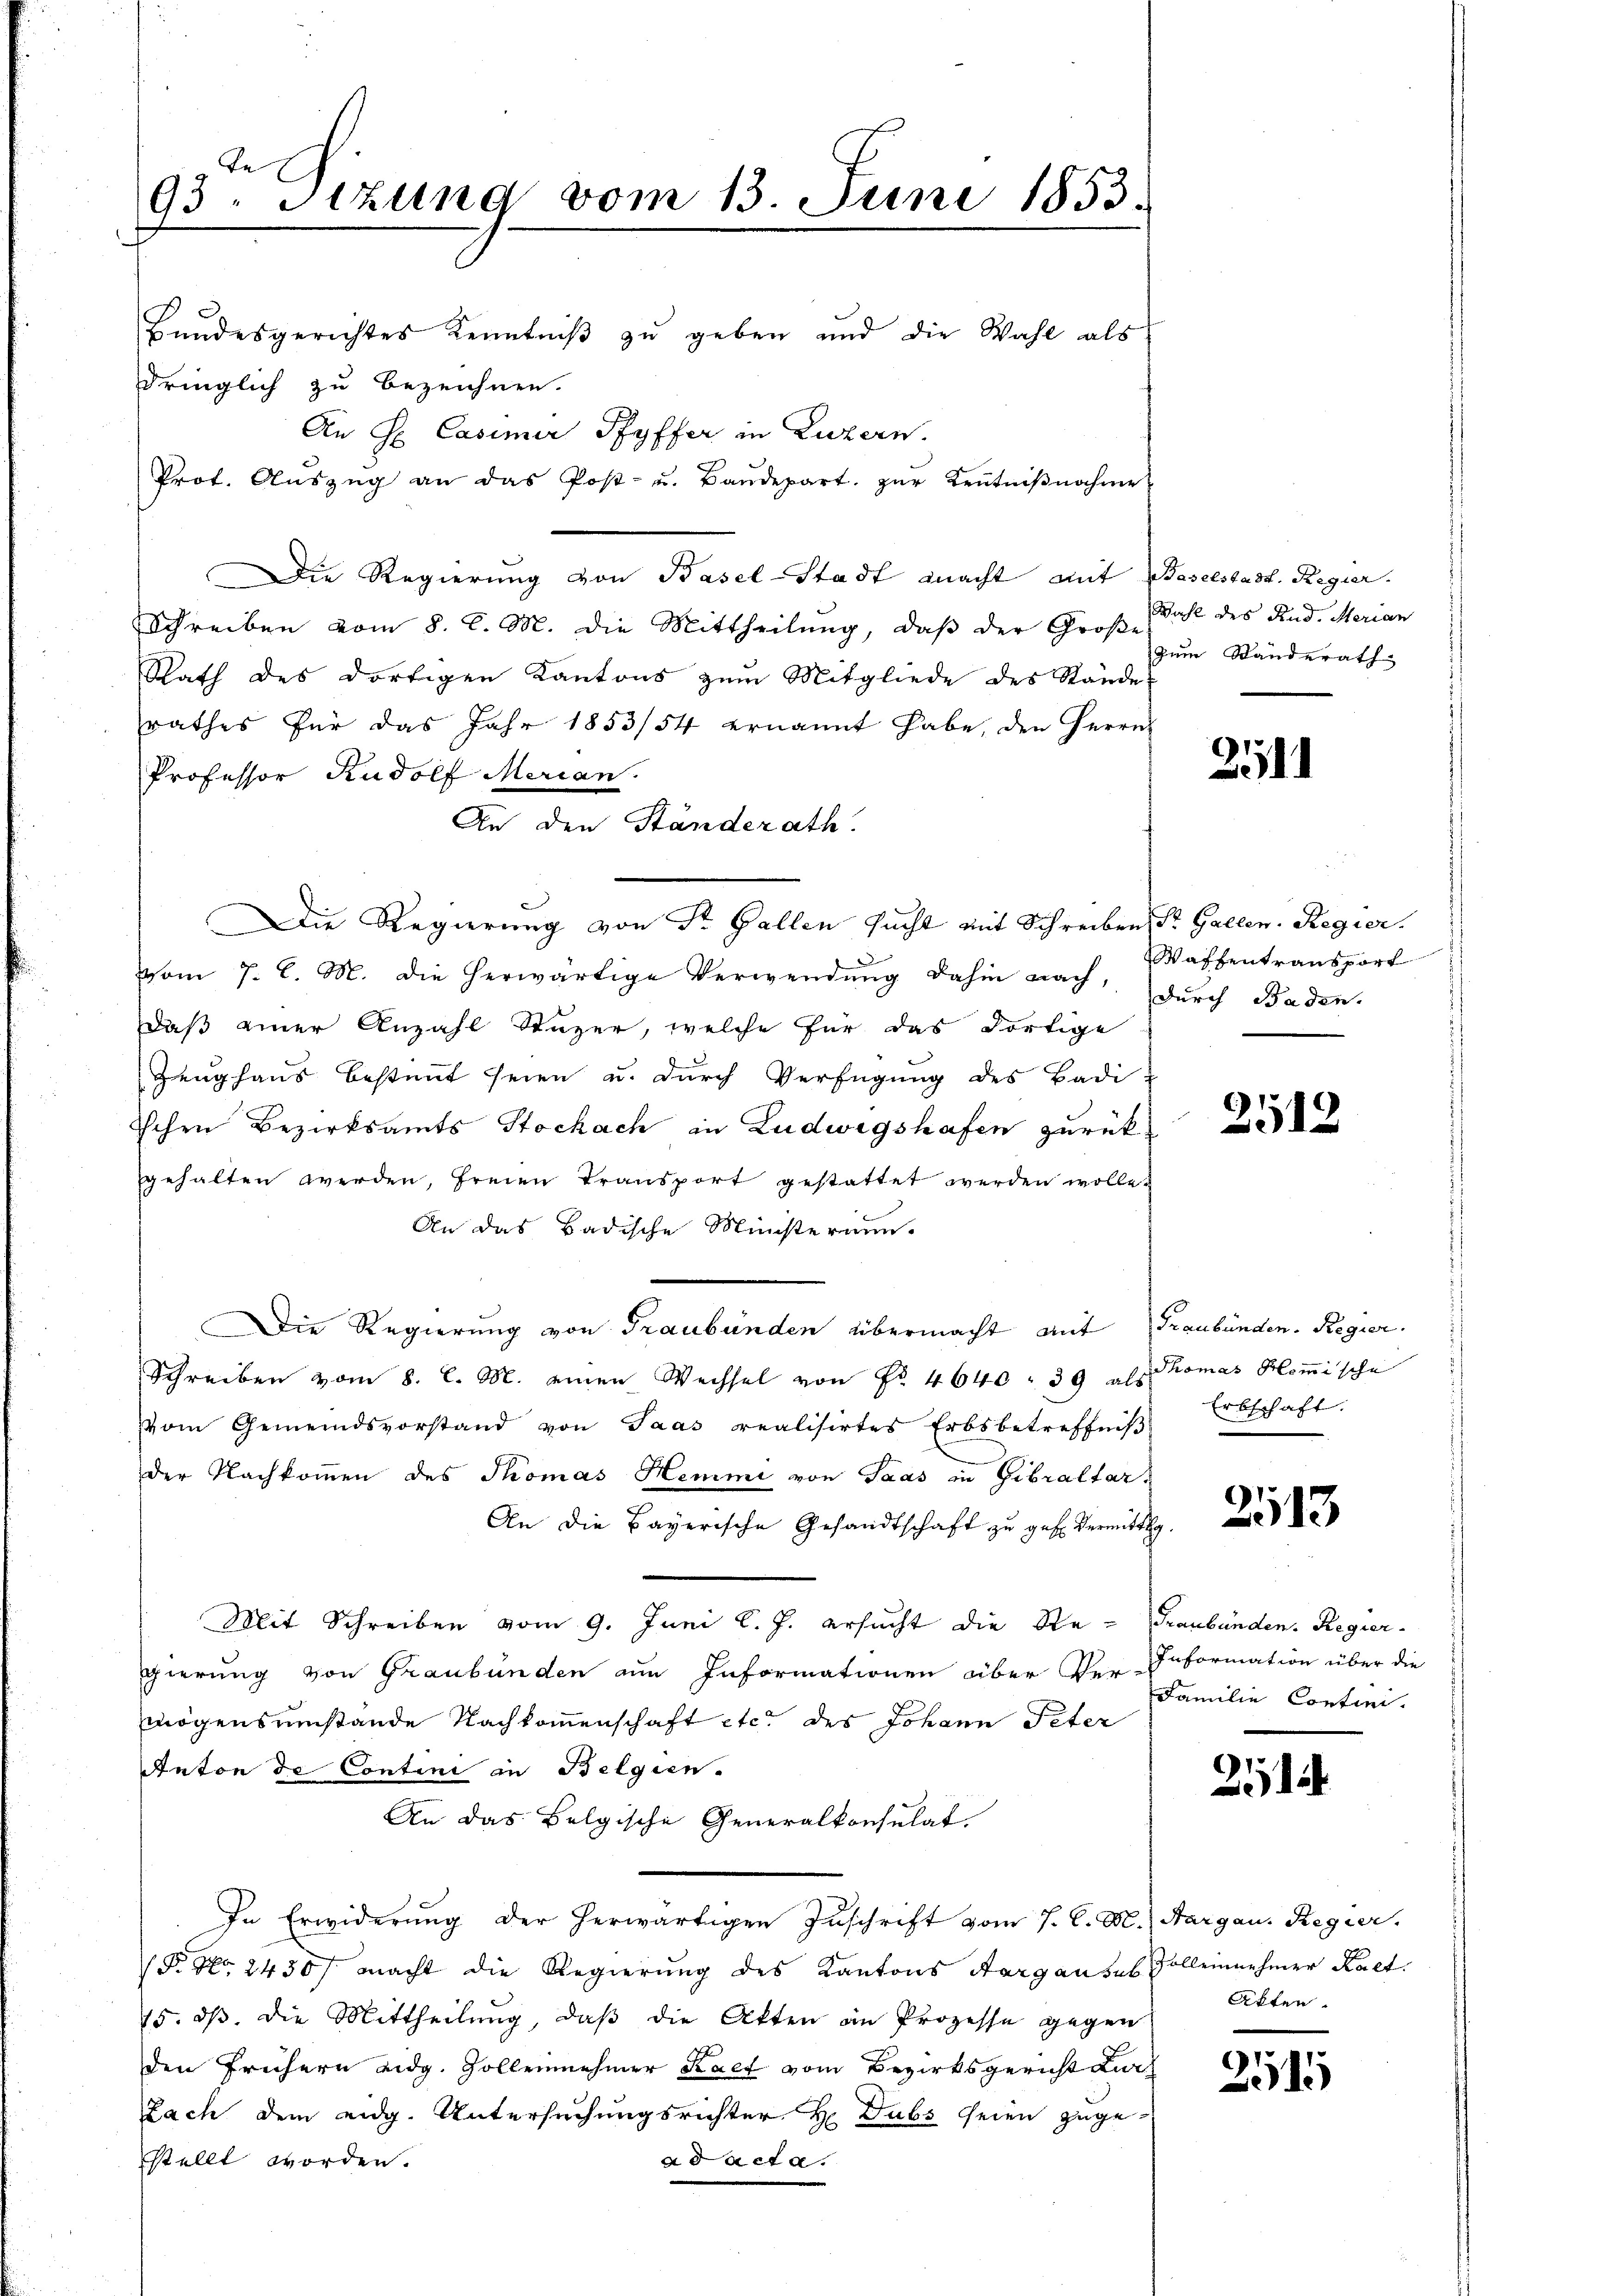
93. Sitzung vom 13. Juni 1853.

Bundesgerichtes Kenntniß zu geben und die Wahl als
dringlich zu bezeichnen.
An H. Casimir Pfyffer in Luzern.
Prot. Aŭszŭg an das Post- u. Baŭdepart. zŭr Kentniβnahme
Die Regierung von Basel-Stadt macht mit Baselstadt. Regier.
Schreiben vom 8. d. M. die Mittheilung, daß der Große Zahl des Kind. Merian
Rath des dortigen Kantons zum Mitgliede des Stände:
rathes für das Jahr 1853/54 ernannt habe, den Herrn
Professor Rudolf Merian.
An den Ständerath.
vom 7. l. M. die herwärtige Verwendŭng dahin nach, durch Baden,
daß einer Anzahl Stäger, welche für das dortige
Zeughaus bestimmt seien u. durch Verfügung des Badi-
schen Bezirksamts Stockach in Ludwigshafen zurück
gehalten werden, freien Transport gestattet werden wolle.
An das Badische Ministerium.
Die Regierung von Graubünden übermacht mit Graubünden. Regier
Schreiben vom 8. d. M. einen Wechsel von Nr. 4640 - 39 als Komas Komische
vom Gemeindsvorstand von Paas realisirtes Erbsbetreffniβ Erbschaft:
der Nachkommen des Thomas Hemme von Paas in Gibraltar,
An die Bayerische Gesandtschaft zu geb. Vermittag.
Mit Schreiben vom 9. Juni l. J. ersucht die Re- Graubünden. Regier-
gierung von Graubünden am Informationen über der Information über die
mögensumstände Nachkommenschaft etc. des Johann Peter
Anton de Contini in Belgien.
An das Belgische Generalkonsulat
In Erwiderung der herwärtigen Zuschrift vom 7. C. M. Aargau. Regier
N No. 2430/ macht die Regierung des Kantons Aargauses Volleinnehmer Kalt
15. dβ. die Mittheilung, daβ die Atten an Prozesse gegen
den frühern eidg. Zollennehmer Kact vom Bezirksgericht dich
Zach dem eidg. Untersuchungsrichter H Dubs seien zuge-
stellt worden.
ad acta.

Die Regierung von Sr. Gallen sucht mit Schreiben, Sr. Gallen. Regier.

zum Ständerath

2111

Waffentransport

2512

e

3183

Familie Contini.

21

Akten.

251